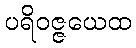
ပရိဝဇ္ဇယေထ